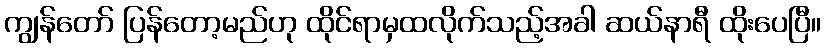
ကျွန်တော် ပြန်တော့မည်ဟု ထိုင်ရာမှထလိုက်သည့်အခါ ဆယ်နာရီ ထိုးပေပြီ။